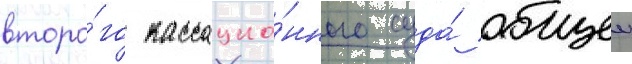
второ́го кассацио́нного суда́ общеи